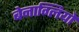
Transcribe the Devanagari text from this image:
बेनाग्लियो